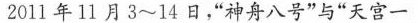
2011年11月3~14日，”神舟八号”与”天宫一